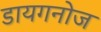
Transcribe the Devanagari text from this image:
डायगनोज